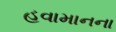
હવામાનના